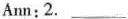
Ann:2.___